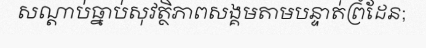
សណ្តាប់ធ្នាប់សុវត្ថិភាពសង្គមតាមបន្ទាត់ព្រំដែន;